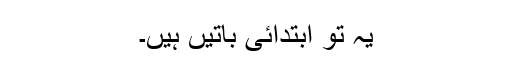
یہ تو ابتدائی باتیں ہیں۔